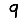
Digit: 9